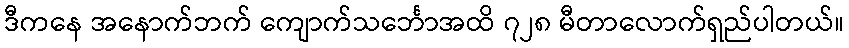
ဒီကနေ အနောက်ဘက် ကျောက်သင်္ဘောအထိ ၇၂၈ မီတာလောက်ရှည်ပါတယ်။